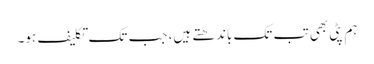
ہم پٹی بھی تب تک باندھتے ہیں، جب تک تکلیف ہو۔